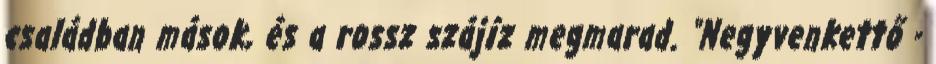
családban mások, és a rossz szájíz megmarad. "Negyvenkettő -